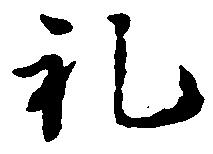
礼